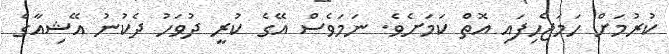
ކުރުމަށް ހަމަޖެހިފައި އޮތް ކަމަށެވެ. ނަމަވެސް އޭގެ ކުރީ ދުވަހު ދެކުނު އޭޝިއާގެ